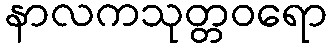
နာလကသုတ္တဝရော